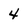
Character: 4